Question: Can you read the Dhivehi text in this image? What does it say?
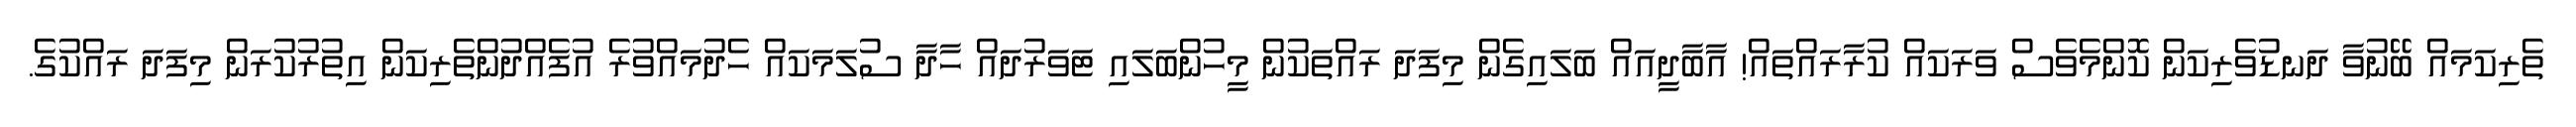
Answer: ތެރިކަމައް ބޭނުވާ ދަނޑުވެރިކަން ކޮންމެވެސް ވަރަކައް ކުރާރައްތައް! އާބާދީއައް ބަލައިގެން މިފަދަ ރައްތަކުން މީހުންބަލައި ޓަވަރުދައް ހާދާ ސުލަމަކައް ހެދުމައްވުރެ އުފެއްދުންތެރިކަން އިތުރުކުރަން މިފަދަ ރައްކުގެ.